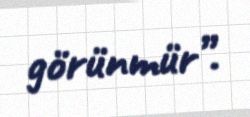
görünmür”.